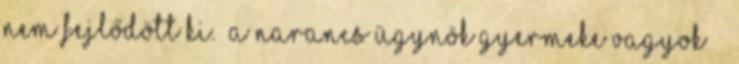
nem fejlődött ki. „A Narancs Ügynök gyermeke vagyok” –